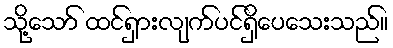
သို့သော် ထင်ရှားလျက်ပင်ရှိပေသေးသည်။